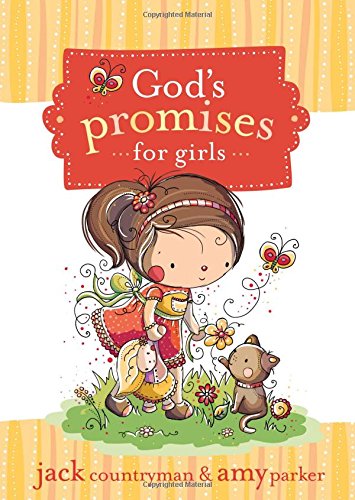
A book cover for God's Promises for Girls; Jack Countryman; Children's Books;